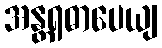
အန္တရဓာပေယျ